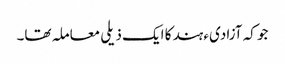
جو کہ آزادیء ہند کا ایک ذیلی معاملہ تھا۔